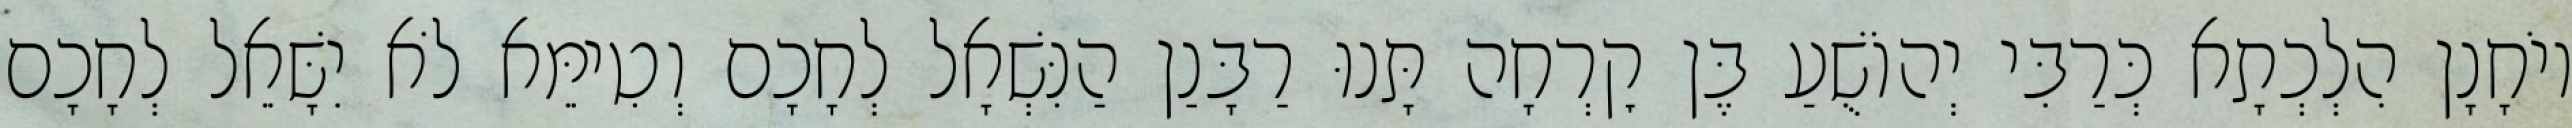
יוֹחָנָן הִלְכְתָא כְּרַבִּי יְהוֹשֻׁעַ בֶּן קׇרְחָה תָּנוּ רַבָּנַן הַנִּשְׁאָל לְחָכָם וְטִימֵּא לֹא יִשָּׁאֵל לְחָכָם